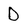
Character: D